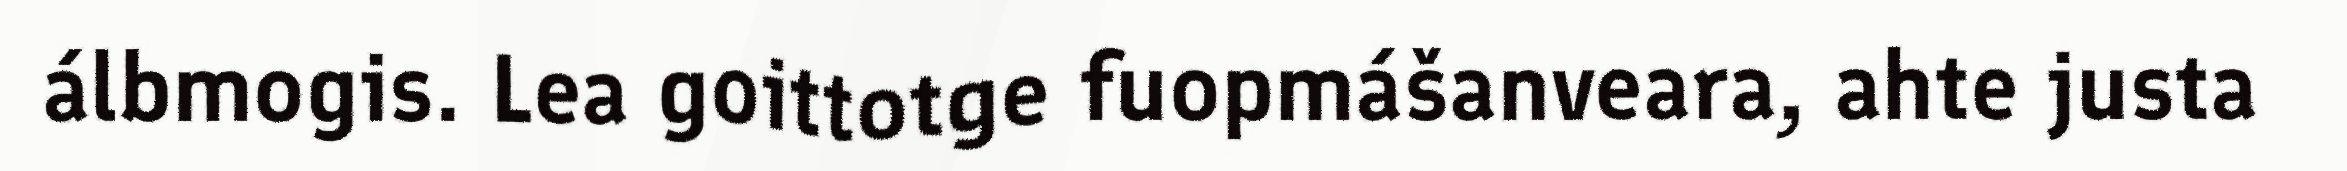
álbmogis. Lea goittotge fuopmášanveara, ahte justa